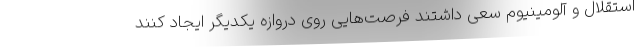
استقلال و آلومینیوم سعی داشتند فرصت‌هایی روی دروازه یکدیگر ایجاد کنند